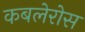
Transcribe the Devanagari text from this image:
कबलेरोस